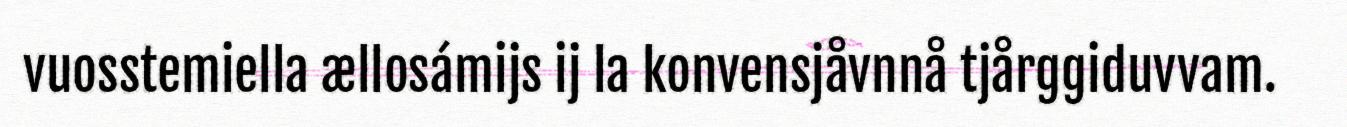
vuosstemiella ællosámijs ij la konvensjåvnnå tjårggiduvvam.